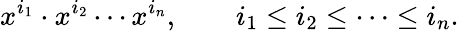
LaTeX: x^{i_{1}}\cdot x^{i_{2}}\cdots x^{i_{n}},\qquad i_{1}\leq i_{2}\leq\cdots\leq i_{n}.